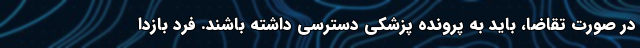
در صورت تقاضا، باید به پرونده پزشکی دسترسی داشته باشند. فرد بازدا